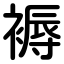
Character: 褥